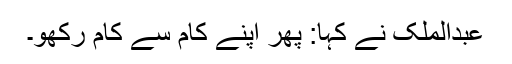
عبدالملک نے کہا: پھر اپنے کام سے کام رکھو۔